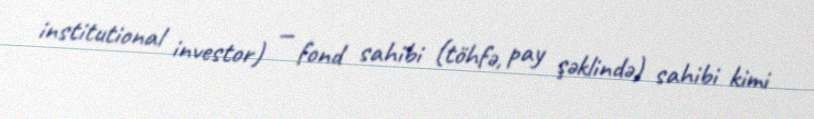
institutional investor) — fond sahibi (töhfə, pay şəklində) sahibi kimi